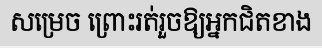
សម្រេច ព្រោះរត់រួចឱ្យអ្នកជិតខាង